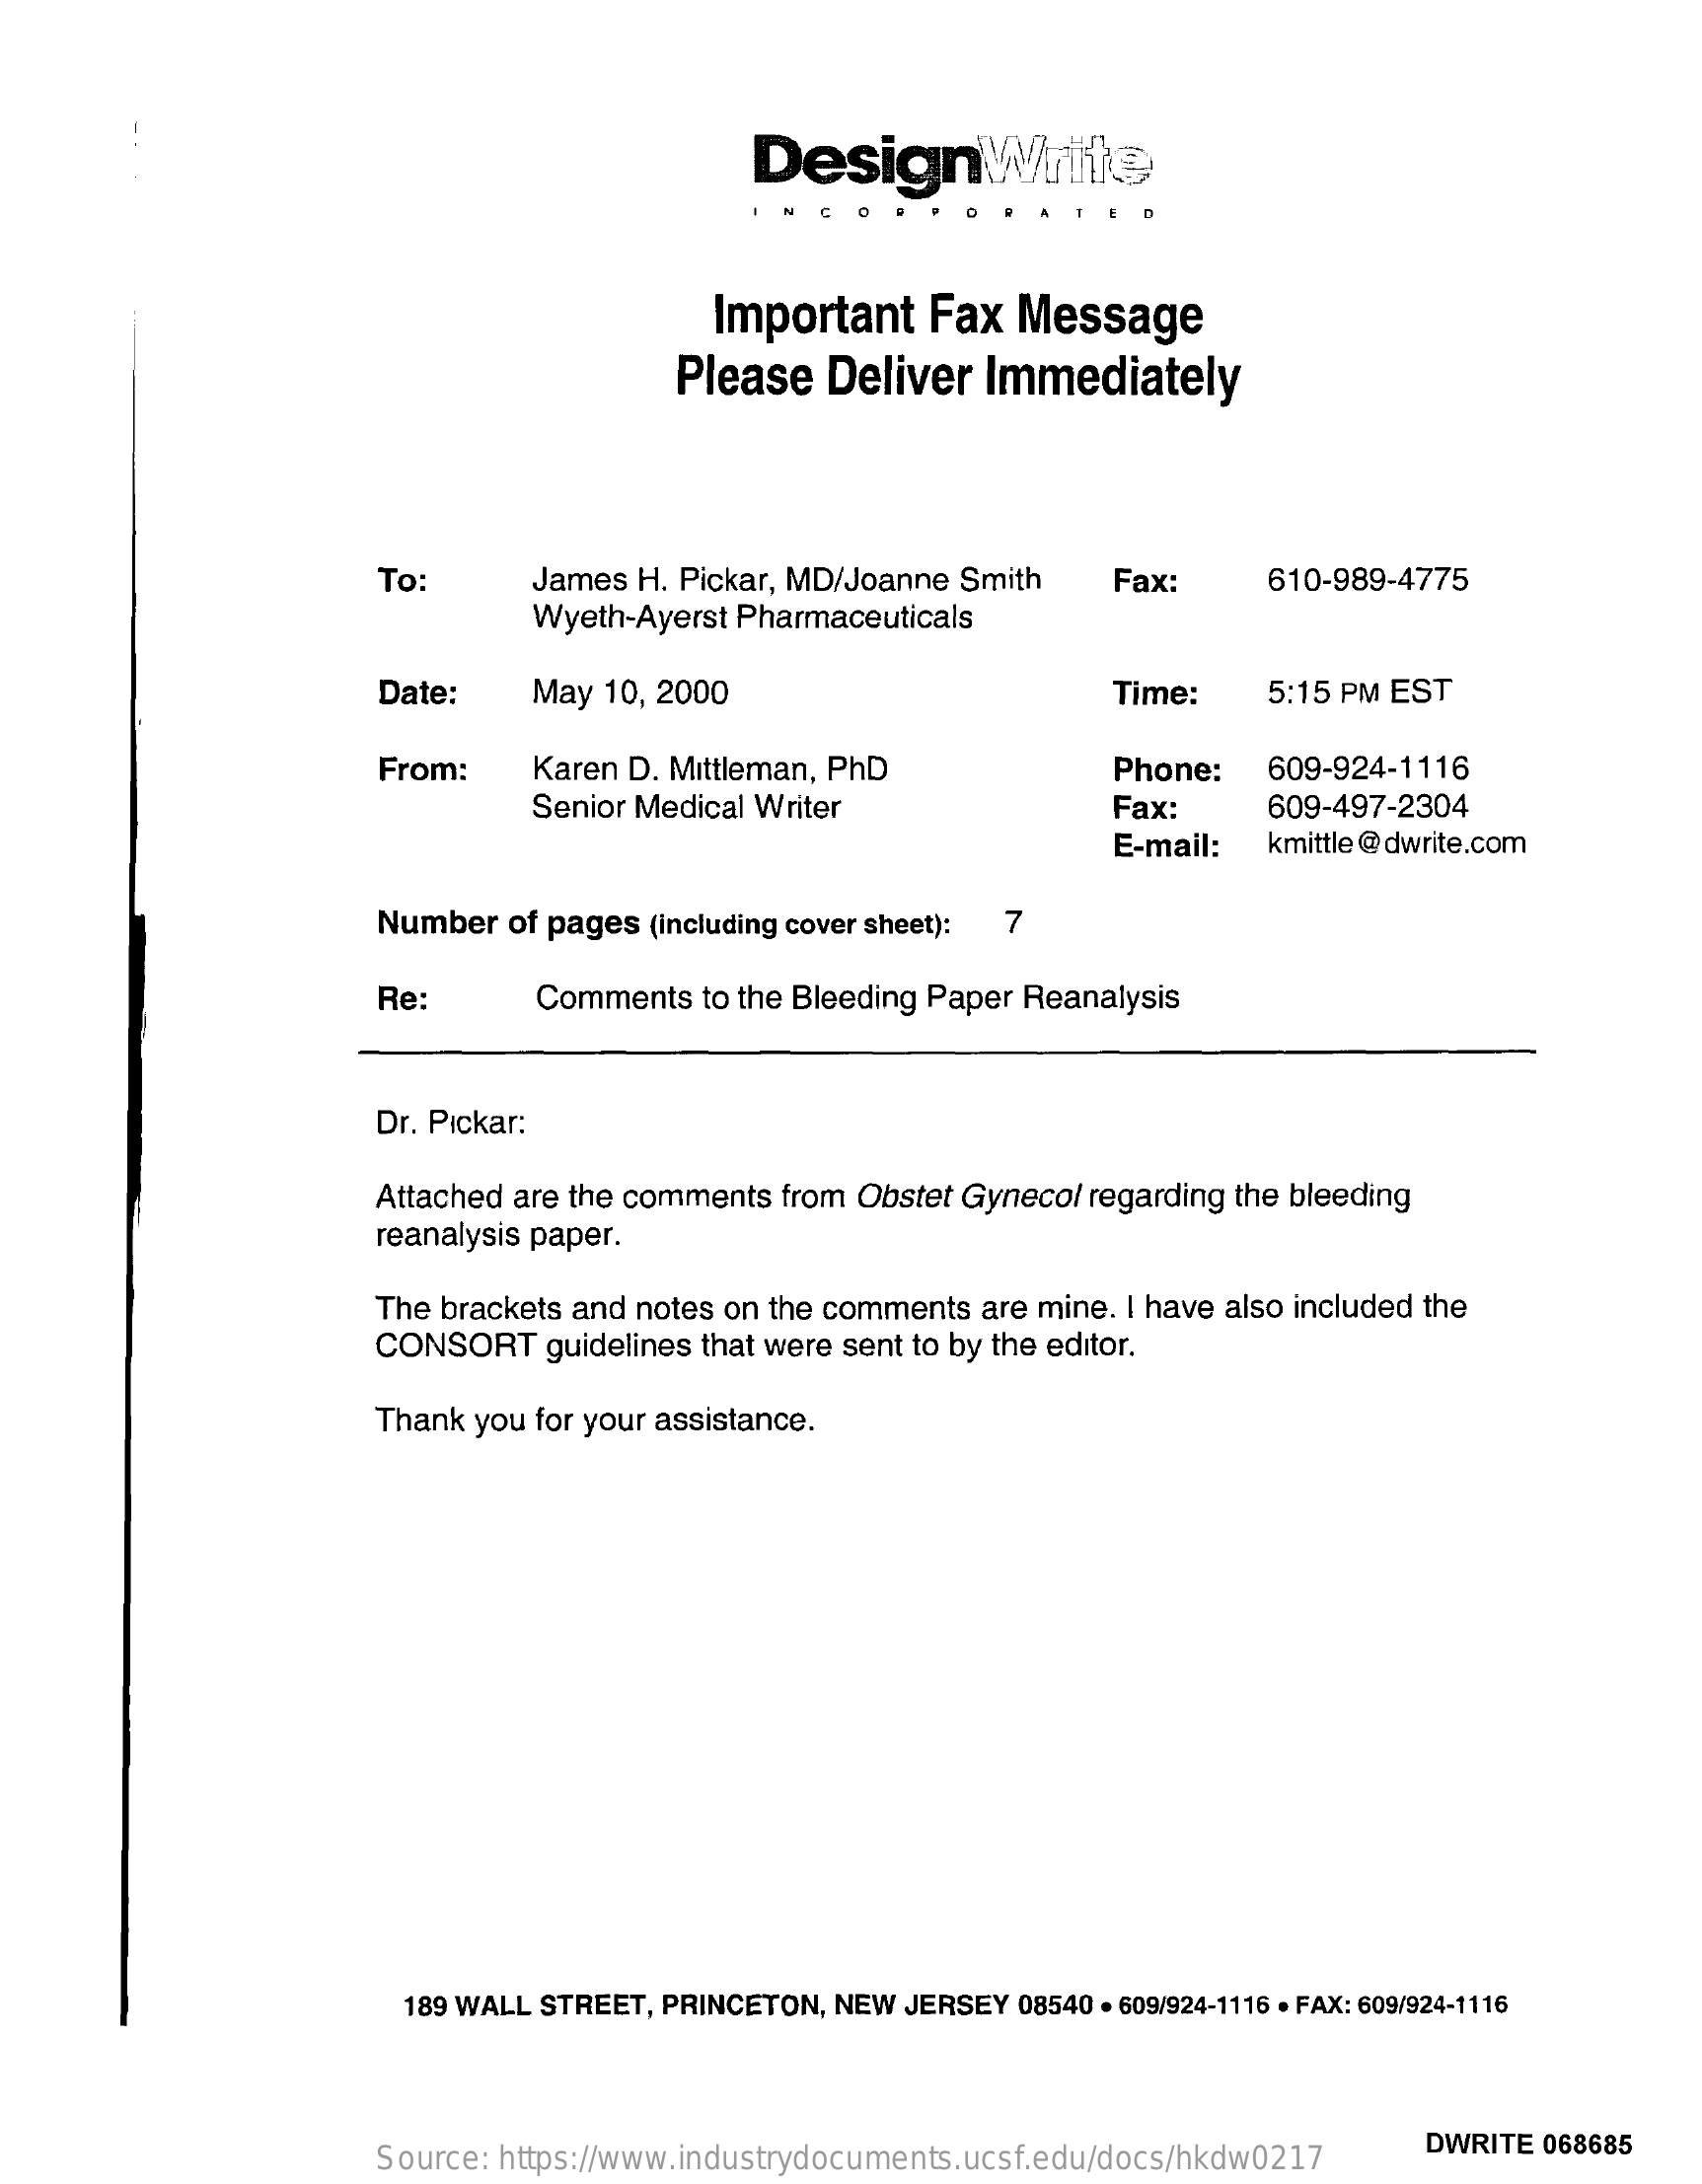
DesignWrite
     Important    Fax  Message
     Please   Deliver  Immediately
     To:    James H. Pickar, MD/Joanne Smith   Fax:    610-989-4775
     Wyeth-Ayerst Pharmaceuticals
     Date:    May 10, 2000    Time:    5:15 PM EST
     From:    Karen D. Mittleman, PhD    Phone:   609-924-1116
     Senior Medical Writer    Fax:    609-497-2304
     E-mail:  kmittle @dwrite.com
     Number  of pages (including cover sheet): 7
     Re:    Comments  to the Bleeding Paper Reanalysis
     Dr. Pickar:
     Attached are the comments from Obstet Gynecol regarding the bleeding
     reanalysis paper.
     The brackets and notes on the comments are mine. I have also included the
     CONSORT    guidelines that were sent to by the editor.
     Thank you for your assistance.
     189 WALL STREET, PRINCETON, NEW JERSEY 08540 . 609/924-1116 . FAX: 609/924-1116
     Source: https://www.industrydocuments.ucsf.edu/docs/hkdw0217
     DWRITE 068685